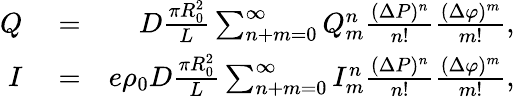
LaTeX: \begin{array}{rlr}{Q}&{{}=}&{D\frac{\pi R_{0}^{2}}{L}\sum_{n+m=0}^{\infty}Q_{m}^{n}\frac{(\Delta P)^{n}}{n!}\frac{(\Delta\varphi)^{m}}{m!},}\\ {I}&{{}=}&{e\rho_{0}D\frac{\pi R_{0}^{2}}{L}\sum_{n+m=0}^{\infty}I_{m}^{n}\frac{(\Delta P)^{n}}{n!}\frac{(\Delta\varphi)^{m}}{m!},}\end{array}